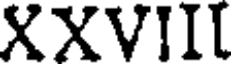
XXVIII